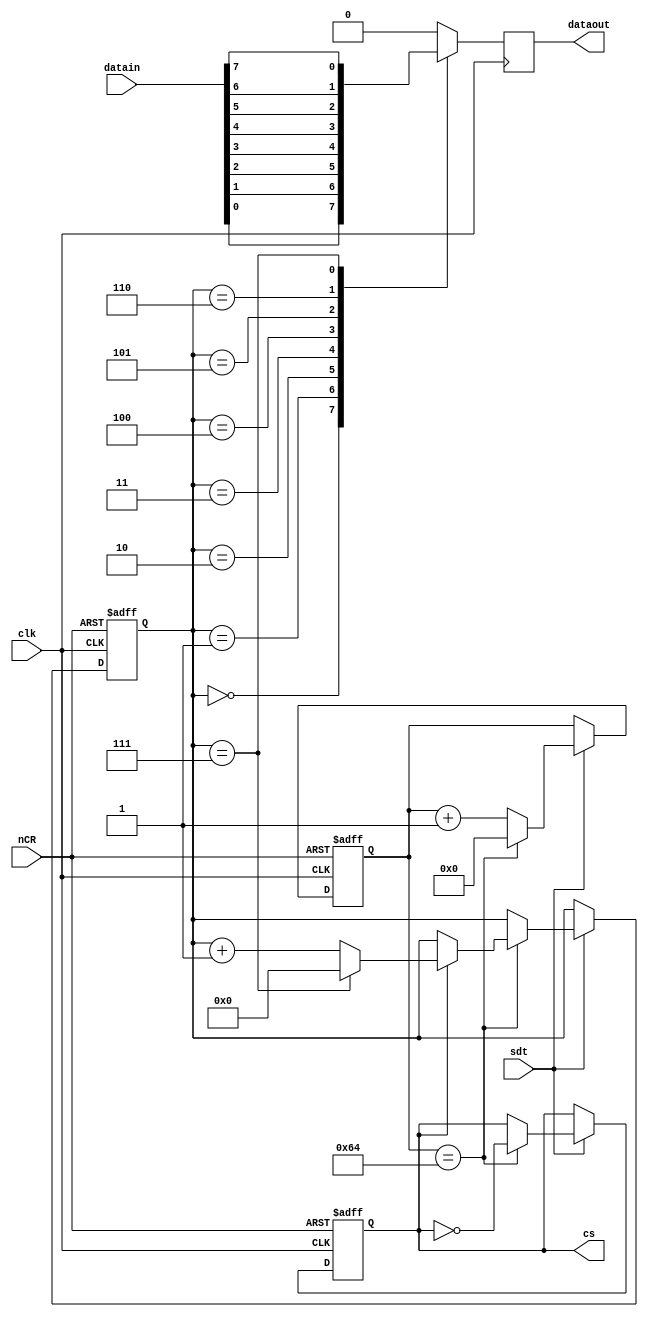

module adder(datain,dataout,cs,clk,nCR,sdt);
input [7:0]datain;
input clk,nCR,sdt;
output dataout;
output cs;

reg dataout;
reg [3:0]state;
reg cs;
reg [20:0] cnt;


always@(posedge clk or negedge nCR)
begin
	if(~nCR)
		{cnt,cs,state}<=0;
	else if(sdt==1)
		if(cnt==21'd100)
		begin
			cnt<=0;
			cs<=~cs;
			if(cs==1)
				if(state==4'd7)
					state<=4'd0;
				else
					if(cs==1)
						state<=state+1'b1;
		end
		else 
		cnt<=cnt+1'b1;
end

always@(posedge clk)
begin
	case(state)
	4'd0:begin  dataout<=datain[0];end
	4'd1:begin  dataout<=datain[1];end
	4'd2:begin  dataout<=datain[2];end
	4'd3:begin  dataout<=datain[3];end
	4'd4:begin  dataout<=datain[4];end
	4'd5:begin  dataout<=datain[5];end
	4'd6:begin  dataout<=datain[6];end
	4'd7:begin  dataout<=datain[7];end
	default:dataout<=0;
	endcase
end

//assign dataout=databuf[0]&&cs;

endmodule 








/*
module adder(EN,Mode,clk,nCR,seg1,seg2,seg3,seg4);
	input EN,Mode,clk,nCR;
	//wire [7:0]SimSec,SecS;
	output [6:0]seg1,seg2,seg3,seg4;
	wire [7:0]SimSec,SecS;
	reg CP;
	wire CP1;
	
	reg [3:0] dis1,dis2,dis3,dis4;
	wire en1,en2;
	
	reg [31:0]cnt;
	always@(negedge clk)
		if(cnt==32'd500000)
			begin
			cnt<=32'b00;
			CP<=~CP;
			end
		else
			cnt<=cnt+1'b1;
	
	assign en1=SimSec[3:0]==4'd9;
	assign en2=((SimSec[3:0]==4'd9)&&(SimSec[7:4]==4'd9));
	
	assign CP1=CP&&EN;
	
	counter10 C1(SimSec[3:0],nCR,CP1);
	counter10 C2(SimSec[7:4],nCR,en1);
	counter60 C3(SecS[7:4],SecS[3:0],nCR,en2);

	always@(Mode)
		case(Mode)
		1'b1:
		begin
			dis1<=SimSec[3:0];
			dis2<=SimSec[7:4];
			dis3<=SecS[3:0];
			dis4<=SecS[7:4];
		end
		default:
				begin
			dis1<=SimSec[3:0];
			dis2<=SimSec[7:4];
			dis3<=SecS[3:0];
			dis4<=SecS[7:4];
		end
		endcase
				
	display SEG1(dis1,seg1);
	display SEG2(dis2,seg2);
	display SEG3(dis3,seg3);
	display SEG4(dis4,seg4);
		
endmodule 





module display(LEDO,SEGO);
         input  [3:0] LEDO;
         output [6:0] SEGO;

         reg  [6:0] SEGO;
         always @(LEDO)
             case(LEDO)
                  4'd0: SEGO = ~7'b0111111;
                  4'd1: SEGO = ~7'b0000110;                
				  4'd2: SEGO = ~7'b1011011;
				  4'd3: SEGO = ~7'b1001111;
                  4'd4: SEGO = ~7'b1100110;
				  4'd5: SEGO = ~7'b1101101;
                  4'd6: SEGO = ~7'b1111101;
				  4'd7: SEGO = ~7'b0000111;
				  4'd8: SEGO = ~7'b1111111;
				  4'd9: SEGO = ~7'b1101111;
                  default:SEGO = 7'b1111111;
            endcase
endmodule  



*/